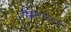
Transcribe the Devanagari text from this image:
डिवेलप्मन्ट